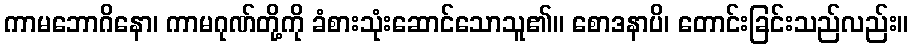
ကာမဘောဂိနော၊ ကာမဂုဏ်တို့ကို ခံစားသုံးဆောင်သောသူ၏။ စောဒနာပိ၊ တောင်းခြင်းသည်လည်း။